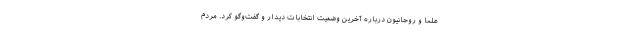
علما و روحانیون درباره آخرین وضعیت انتخابات دیدار و گفت‌وگو کرد. مردم